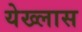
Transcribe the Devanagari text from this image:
येख्लास